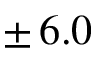
\pm \, 6 . 0